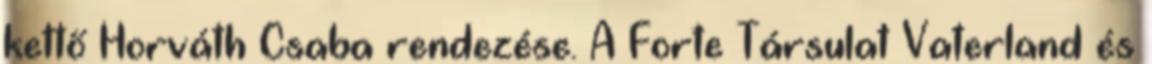
kettő Horváth Csaba rendezése. A Forte Társulat Vaterland és